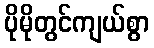
ပိုမိုတွင်ကျယ်စွာ